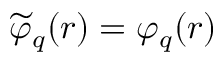
\widetilde { \varphi } _ { q } ( r ) = \varphi _ { q } ( r )